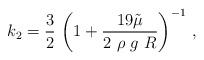
LaTeX: \begin{align*}k_2=\frac{3}{2}\ \bigg(1+\frac{19 \tilde \mu}{2\ \rho\ g\ R}\bigg)^{-1}\ ,\end{align*}